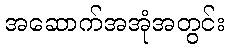
အဆောက်အအုံအတွင်း